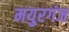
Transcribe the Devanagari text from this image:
मयुरगंज